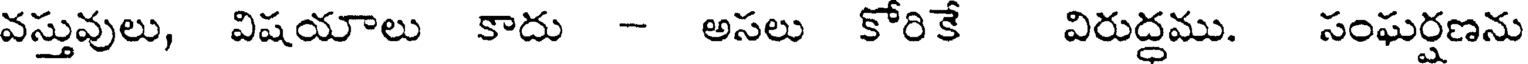
వస్తువులు, విషయాలు కాదు - అసలు కోరికే విరుద్ధము. సంఘర్షణను